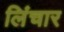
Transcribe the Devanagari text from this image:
लिंचार